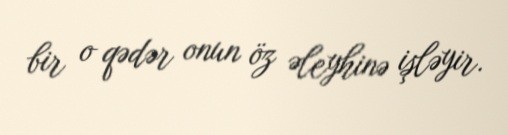
bir o qədər onun öz əleyhinə işləyir.